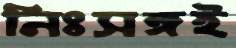
নিঃসঙ্গই